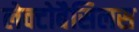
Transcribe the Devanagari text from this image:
लेक्टोबैसिलस